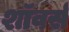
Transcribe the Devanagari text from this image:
शॉवर्स